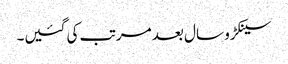
سینکڑو سال بعد مرتب کی گئیں۔